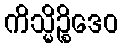
ကိသ္မိဉ္စိဒေဝ